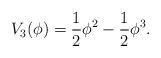
LaTeX: \begin{align*}V_3(\phi)=\frac{1}{2}\phi^2-\frac{1}{2}\phi^3.\end{align*}